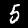
Label: 5